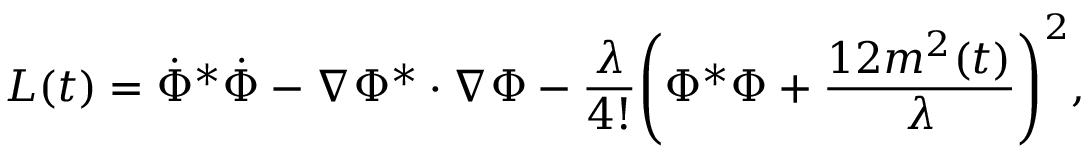
{ \cal L } ( t ) = \dot { \Phi } ^ { * } \dot { \Phi } - \nabla \Phi ^ { * } \cdot \nabla \Phi - \frac { \lambda } { 4 ! } \Biggl ( \Phi ^ { * } \Phi + \frac { 1 2 m ^ { 2 } ( t ) } { \lambda } \Biggr ) ^ { 2 } ,